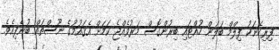
ފިރިހެނަކު ފިލްމް ބަލަން ހުއްޓައި ބިރުންގޮސް މަރުވެއްޖެ ކަމަށް އެޤައުމުގެ ނޫސްތައް ބުނެފިއެވެ.